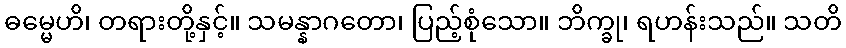
ဓမ္မေဟိ၊ တရားတို့နှင့်။ သမန္နာဂတော၊ ပြည့်စုံသော။ ဘိက္ခု၊ ရဟန်းသည်။ သတိ